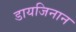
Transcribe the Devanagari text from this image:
डायजिनान